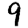
Digit: 9